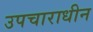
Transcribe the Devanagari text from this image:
उपचाराधीन